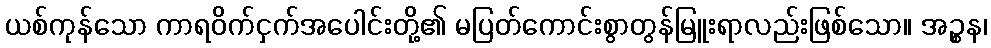
ယစ်ကုန်သော ကာရဝိက်ငှက်အပေါင်းတို့၏ မပြတ်ကောင်းစွာတွန်မြူးရာလည်းဖြစ်သော။ အဉ္စန၊